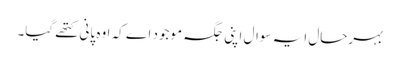
بہرحال ایہ سوال اپنی جگہ موجود اے کہ اوہ پانی کتھے گیا۔